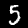
Label: 5